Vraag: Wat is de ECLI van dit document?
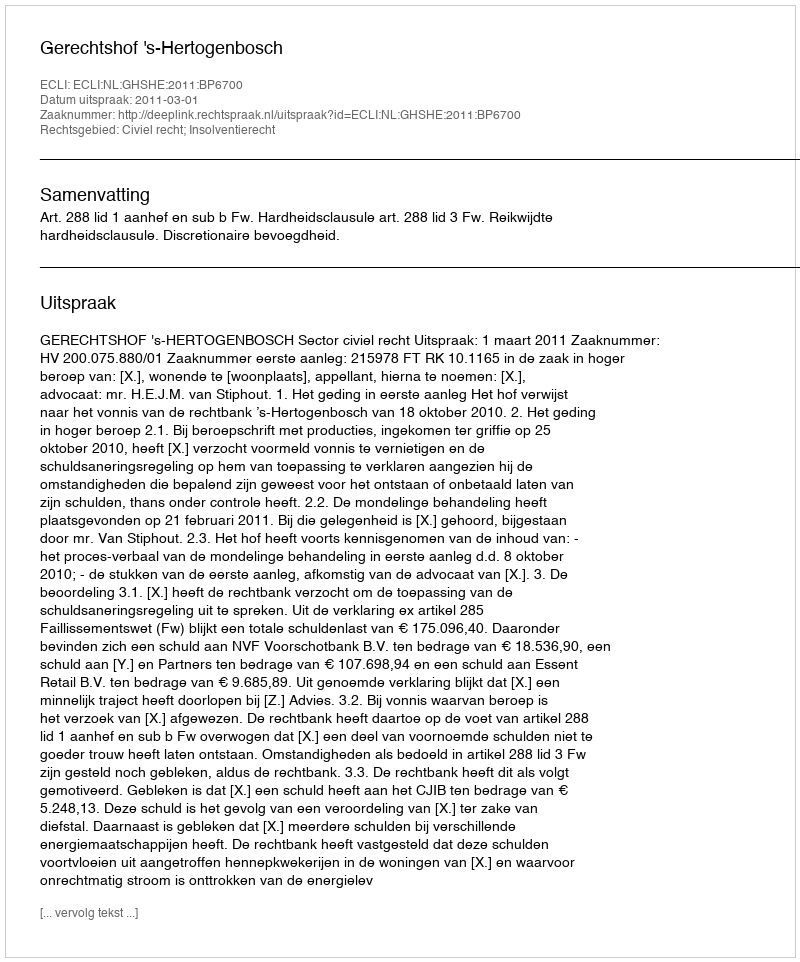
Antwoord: ECLI:NL:GHSHE:2011:BP6700